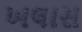
ખલાસ